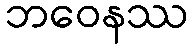
ဘဝေနဿ